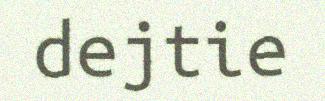
dejtie